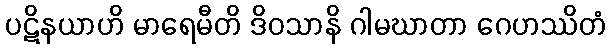
ပဋိနယာဟိ မာရေမီတိ ဒိဝသာနိ ဂါမဃာတာ ဂေဟဿိတံ